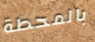
بالمحطة